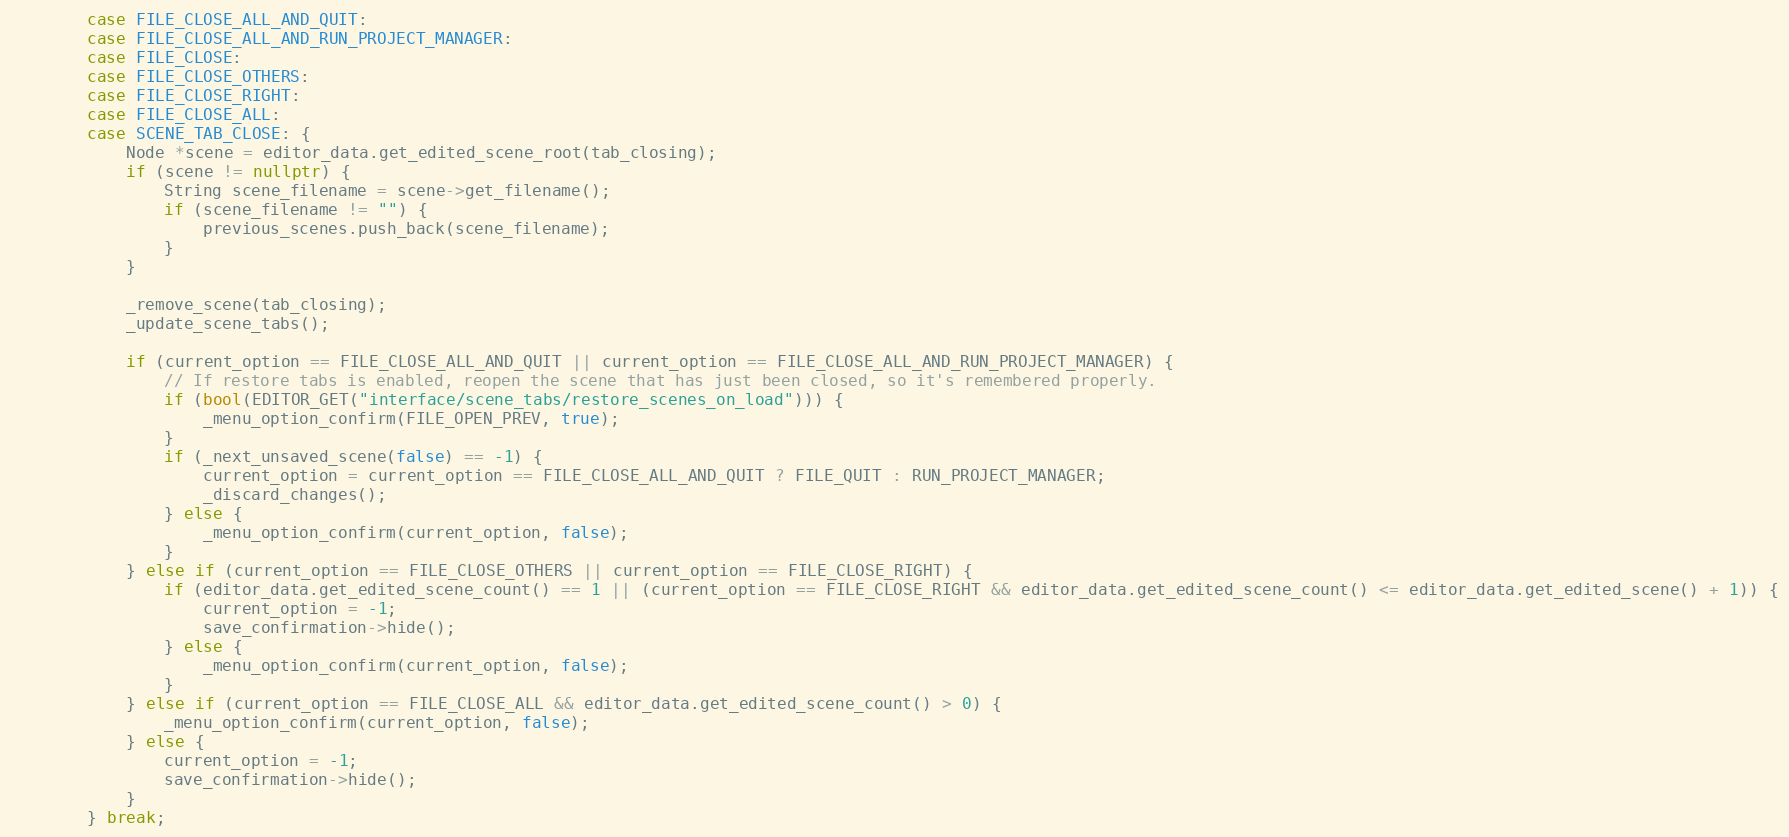
Language: C++
		case FILE_CLOSE_ALL_AND_QUIT:
		case FILE_CLOSE_ALL_AND_RUN_PROJECT_MANAGER:
		case FILE_CLOSE:
		case FILE_CLOSE_OTHERS:
		case FILE_CLOSE_RIGHT:
		case FILE_CLOSE_ALL:
		case SCENE_TAB_CLOSE: {
			Node *scene = editor_data.get_edited_scene_root(tab_closing);
			if (scene != nullptr) {
				String scene_filename = scene->get_filename();
				if (scene_filename != "") {
					previous_scenes.push_back(scene_filename);
				}
			}

			_remove_scene(tab_closing);
			_update_scene_tabs();

			if (current_option == FILE_CLOSE_ALL_AND_QUIT || current_option == FILE_CLOSE_ALL_AND_RUN_PROJECT_MANAGER) {
				// If restore tabs is enabled, reopen the scene that has just been closed, so it's remembered properly.
				if (bool(EDITOR_GET("interface/scene_tabs/restore_scenes_on_load"))) {
					_menu_option_confirm(FILE_OPEN_PREV, true);
				}
				if (_next_unsaved_scene(false) == -1) {
					current_option = current_option == FILE_CLOSE_ALL_AND_QUIT ? FILE_QUIT : RUN_PROJECT_MANAGER;
					_discard_changes();
				} else {
					_menu_option_confirm(current_option, false);
				}
			} else if (current_option == FILE_CLOSE_OTHERS || current_option == FILE_CLOSE_RIGHT) {
				if (editor_data.get_edited_scene_count() == 1 || (current_option == FILE_CLOSE_RIGHT && editor_data.get_edited_scene_count() <= editor_data.get_edited_scene() + 1)) {
					current_option = -1;
					save_confirmation->hide();
				} else {
					_menu_option_confirm(current_option, false);
				}
			} else if (current_option == FILE_CLOSE_ALL && editor_data.get_edited_scene_count() > 0) {
				_menu_option_confirm(current_option, false);
			} else {
				current_option = -1;
				save_confirmation->hide();
			}
		} break;